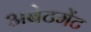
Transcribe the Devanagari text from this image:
अबेटमेंट